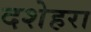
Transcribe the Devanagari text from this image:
दशेहरा